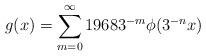
LaTeX: \begin{align*}g(x)=\sum_{m=0}^{\infty}19683^{-m}\phi(3^{-n}x)\end{align*}